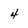
Character: 4